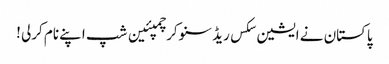
پاکستان نے ایشین سکس ریڈ سنوکر چمپئین شپ اپنے نام کرلی !